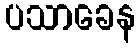
ပသာခေန